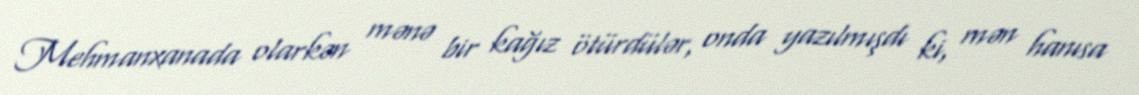
Mehmanxanada olarkən mənə bir kağız ötürdülər, onda yazılmışdı ki, mən hanısa